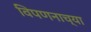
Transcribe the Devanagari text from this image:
विपणनाच्या